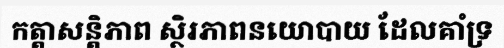
កត្តាសន្តិភាព ស្ថិរភាពនយោបាយ ដែលគាំទ្រ